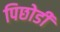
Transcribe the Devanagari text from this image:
पिछोडी